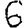
Digit: 6